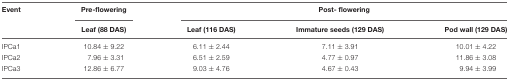
<table><thead><tr><td><b>Event</b></td><td><b>Pre-flowering</b></td><td colspan="3"><b>Post- flowering</b></td></tr><tr><td></td><td><b>Leaf (88 DAS)</b></td><td><b>Leaf (116 DAS)</b></td><td><b>Immature seeds (129 DAS)</b></td><td><b>Pod wall (129 DAS)</b></td></tr></thead><tbody><tr><td>IPCa1</td><td>10.84 ± 9.22</td><td>6.11 ± 2.44</td><td>7.11 ± 3.91</td><td>10.01 ± 4.22</td></tr><tr><td>IPCa2</td><td>7.96 ± 3.31</td><td>6.51 ± 2.59</td><td>4.77 ± 0.97</td><td>11.86 ± 3.08</td></tr><tr><td>IPCa3</td><td>12.86 ± 6.77</td><td>9.03 ± 4.76</td><td>4.67 ± 0.43</td><td>9.94 ± 3.99</td></tr></tbody></table>